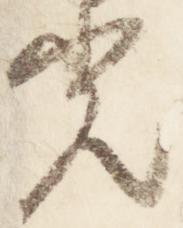
光